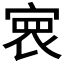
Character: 𡩑